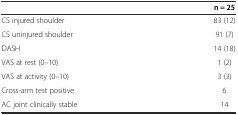
<table><thead><tr><td></td><td><b>n = 25</b></td></tr></thead><tbody><tr><td>CS injured shoulder</td><td>83 (12)</td></tr><tr><td>CS uninjured shoulder</td><td>91 (7)</td></tr><tr><td>DASH</td><td>14 (18)</td></tr><tr><td>VAS at rest (0–10)</td><td>1 (2)</td></tr><tr><td>VAS at activity (0–10)</td><td>3 (3)</td></tr><tr><td>Cross-arm test positive</td><td>6</td></tr><tr><td>AC joint clinically stable</td><td>14</td></tr></tbody></table>